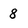
Character: 8